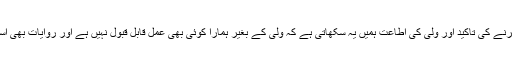
[3] ولی کی معرفت حاصل کرنے کی تاکید اور ولی کی اطاعت ہمیں یہ سکھاتی ہے کہ ولی کے بغیر ہمارا کوئی بھی عمل قابل قبول نہیں ہے اور روایات بھی اسی کی طرف اشارہ کرتی ہیں۔